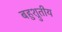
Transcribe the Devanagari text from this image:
बहुश्रुतीय